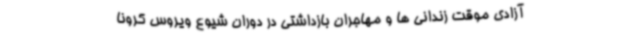
آزادی موقت زندانی ها و مهاجران بازداشتی در دوران شیوع ویروس کرونا